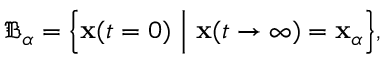
\mathfrak { B } _ { \alpha } = \Big \{ \mathbf { x } ( t = 0 ) \, \, \Big | \, \, \mathbf { x } ( t \rightarrow \infty ) = \mathbf { x } _ { \alpha } \Big \} ,